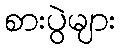
စားပွဲများ